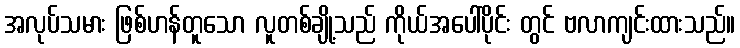
အလုပ်သမား ဖြစ်ဟန်တူသော လူတစ်ချို့သည် ကိုယ်အပေါ်ပိုင်း တွင် ဗလာကျင်းထားသည်။